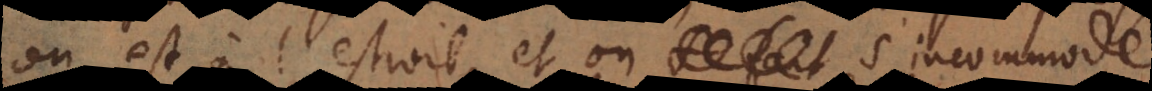
on est à l’estroit, et on s’incommode